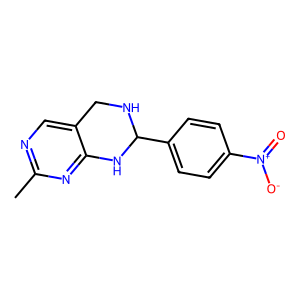
SMILES: Cc1ncc2c(n1)NC(c1ccc([N+](=O)[O-])cc1)NC2
Inhibits HIV replication: No